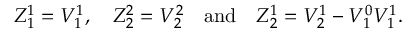
Z _ { 1 } ^ { 1 } = V _ { 1 } ^ { 1 } , \quad Z _ { 2 } ^ { 2 } = V _ { 2 } ^ { 2 } \quad \mathrm { a n d } \quad Z _ { 2 } ^ { 1 } = V _ { 2 } ^ { 1 } - V _ { 1 } ^ { 0 } V _ { 1 } ^ { 1 } .